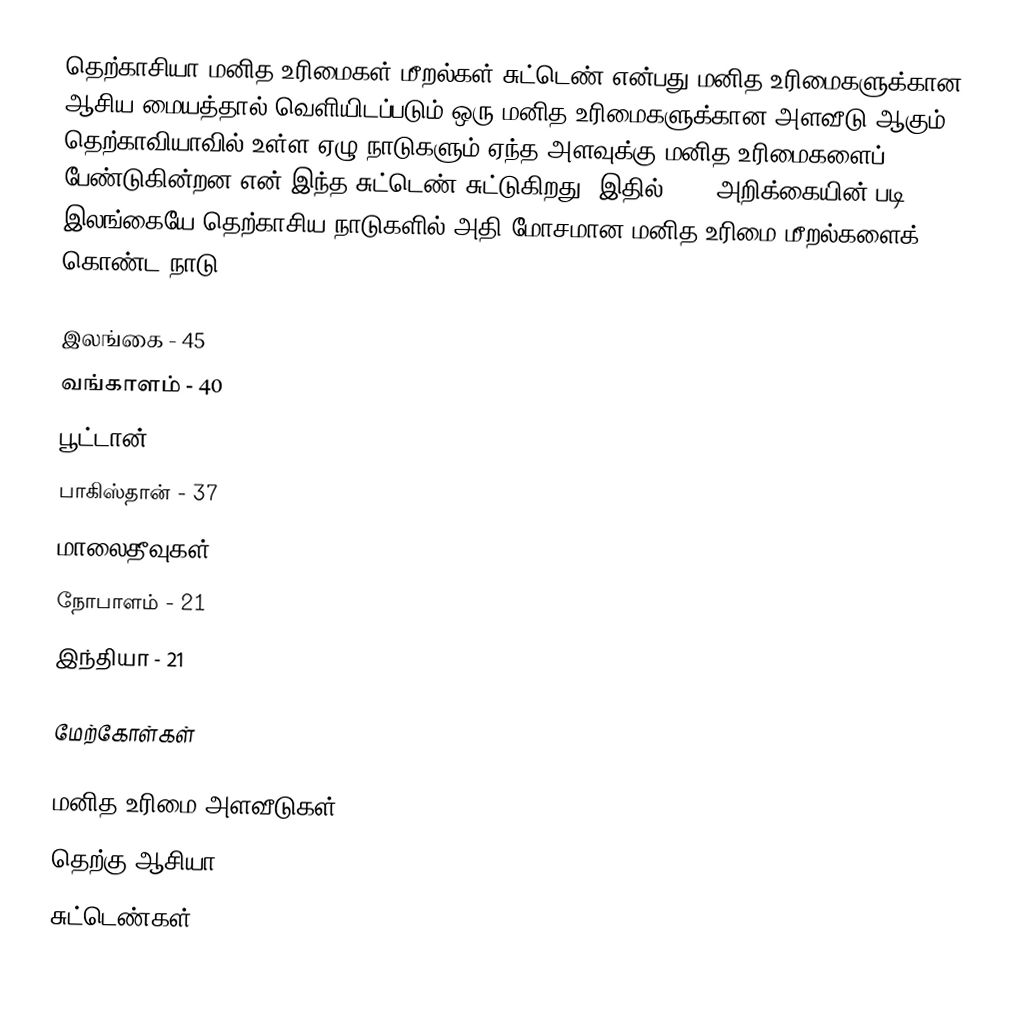
தெற்காசியா மனித உரிமைகள் மீறல்கள் சுட்டெண் என்பது மனித உரிமைகளுக்கான ஆசிய மையத்தால் வெளியிடப்படும் ஒரு மனித உரிமைகளுக்கான அளவீடு ஆகும்.  தெற்காவியாவில் உள்ள ஏழு நாடுகளும் ஏந்த அளவுக்கு மனித உரிமைகளைப் பேண்டுகின்றன என் இந்த சுட்டெண் சுட்டுகிறது.  இதில் 2008 அறிக்கையின் படி இலங்கையே தெற்காசிய நாடுகளில் அதி மோசமான மனித உரிமை மீறல்களைக் கொண்ட நாடு.

 இலங்கை - 45
 வங்காளம் - 40
 பூட்டான் - 37
 பாகிஸ்தான் - 37
 மாலைதீவுகள் - 23
 நோபாளம் - 21
 இந்தியா - 21

மேற்கோள்கள்

மனித உரிமை அளவீடுகள்
தெற்கு ஆசியா
சுட்டெண்கள்